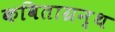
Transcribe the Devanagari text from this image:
कविताग्रन्थ